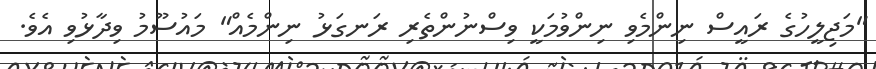
"މަޖިލީހުގެ ރައީސް ނިންމެވި ނިންވުމަކީ ވިސްނުންތެރި ރަނގަޅު ނިންމެއް" މައުސޫމު ވިދާޅުވި އެވެ.